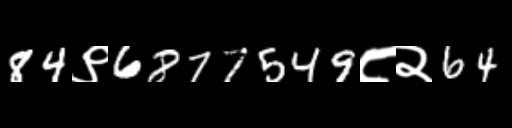
Text: 84९6877549८२64